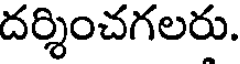
దర్శించగలరు.